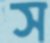
স